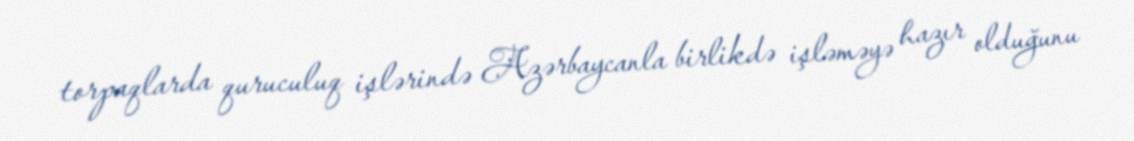
torpaqlarda quruculuq işlərində Azərbaycanla birlikdə işləməyə hazır olduğunu